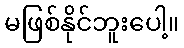
မဖြစ်နိုင်ဘူးပေါ့။